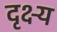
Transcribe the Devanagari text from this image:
दृक्ष्य